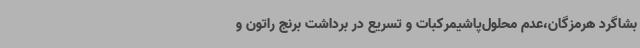
بشاگرد هرمزگان،عدم محلول‌پاشیمرکبات و تسریع در برداشت برنج راتون و